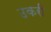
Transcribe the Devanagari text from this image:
उकरी